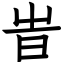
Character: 旹